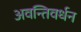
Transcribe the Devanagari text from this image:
अवन्तिवर्धन